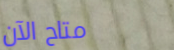
متاح الآن